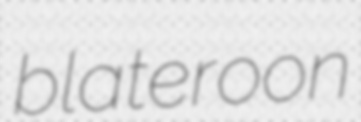
blateroon